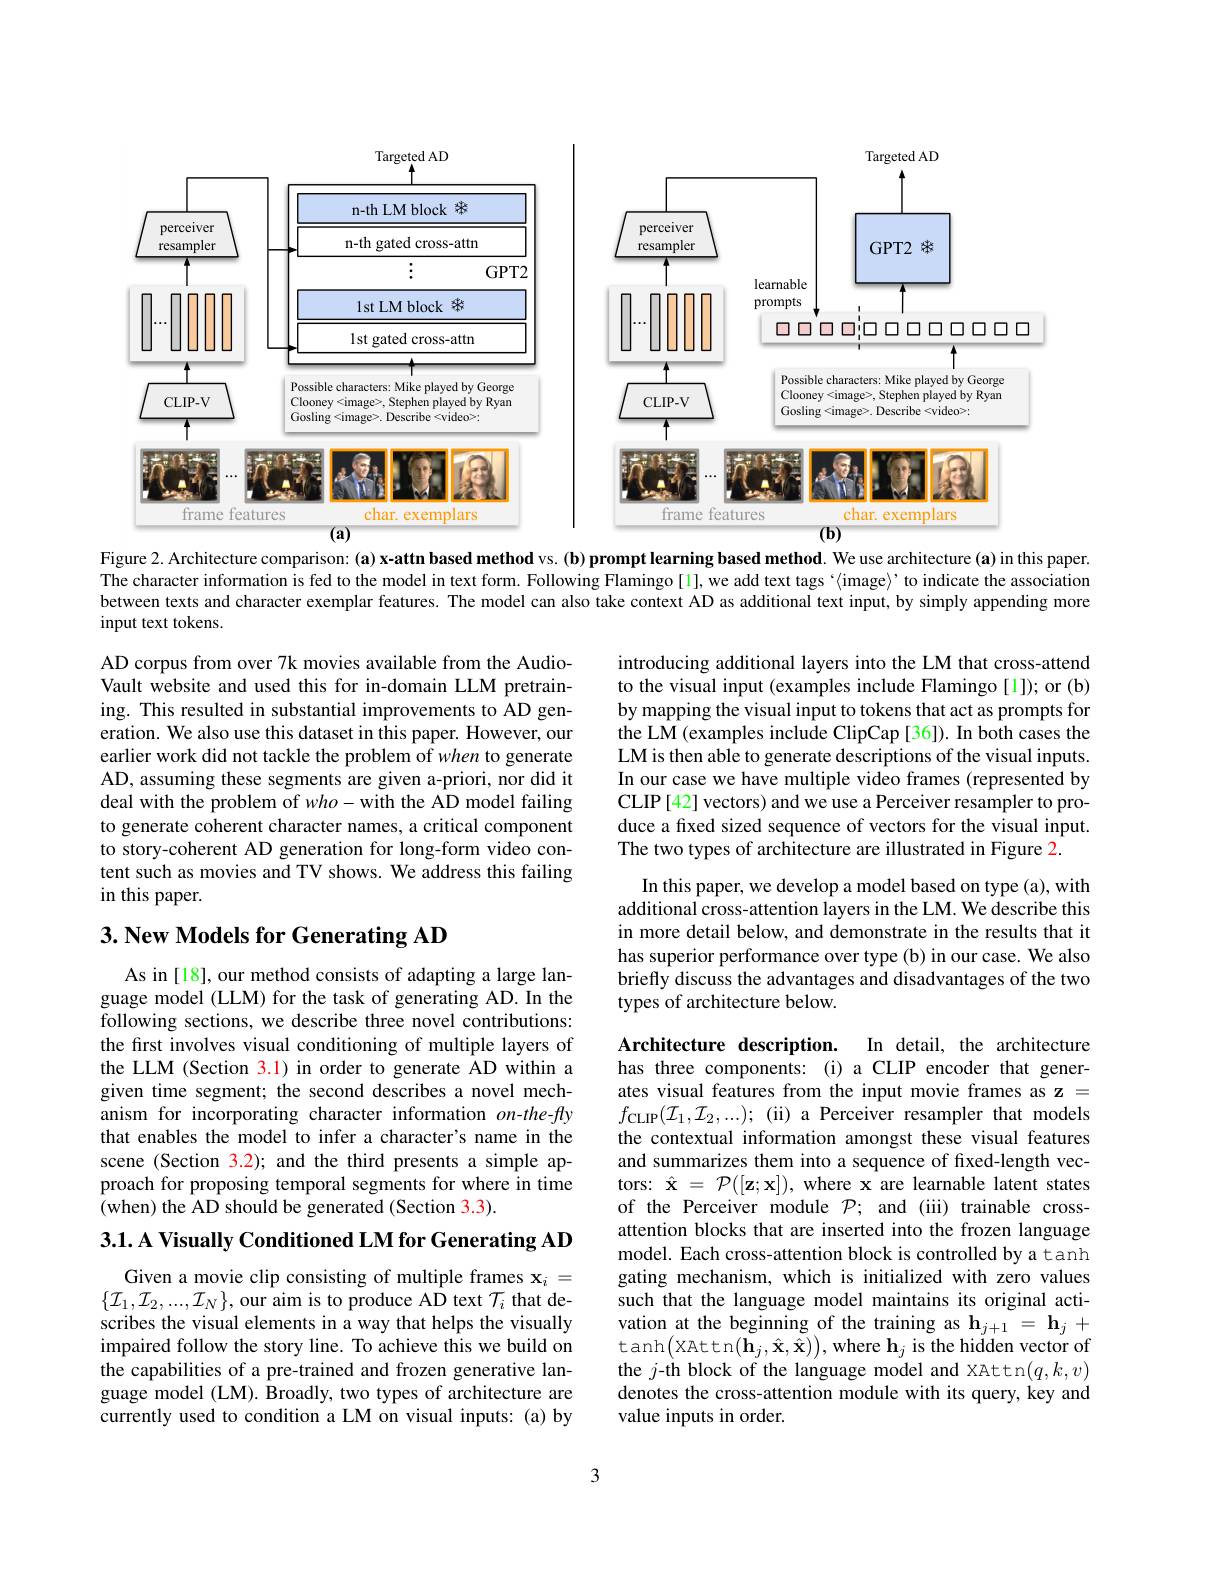
<FigureHere>
Figure 2. Architecture comparison:(a) x-attn based method vs. (b) prompt learning based method. We use architecture (a) in this paper

The character information is fed to the model in text form. Following Flamingo[1], we add text tags `'to indicate the association between texts and character exemplar features. The model can also take context AD as additional text input, by simply appending more input text tokens.

introducing additional layers into the LM that cross-attend to the visual input (examples include Flamingo[1]); or (b) by mapping the visual input to tokens that act as prompts for the LM (examples include ClipCap [36]). In both cases the LM is then able to generate descriptions of the visual inputs. In our case we have multiple video frames (represented by CLIP[42] vectors) and we use a Perceiver resampler to produce a fxed sized sequence of vectors for the visual input. The two types of architecture are illustrated in Figure 2.

AD corpus from over 7k movies available from the AudioVault website and used this for in-domain LLM pretraining. This resulted in substantial improvements to AD generation. We also use this dataset in this paper. However, our earlier work did not tackle the problem of when to generate AD, assuming these segments are given a-priori, nor did it deal with the problem of $who-$with the AD model failing to generate coherent character names, a critical component to story-coherent AD generation for long-form video content such as movies and TV shows. We address this failing in this paper.

## 3. New Models for Generating AD

In this paper, we develop a model based on type (a), with additional cross-attention layers in the LM. We describe this in more detail below, and demonstrate in the results that it has superior performance over type (b) in our case. We also briefly discuss the advantages and disadvantages of the two types of architecture below.

As in [18], our method consists of adapting a large language model (LLM) for the task of generating AD. In the following sections, we describe three novel contributions: the first involves visual conditioning of multiple layers of the LLM (Section 3.1) in order to generate AD within a given time segment; the second describes a novel mechanism for incorporating character information on-the-fly that enables the model to infer a character's name in the scene (Section 3.2); and the third presents a simple approach for proposing temporal segments for where in time (when) the AD should be generated (Section 3.3).

Architecture description. In detail, the architecture has three components: (i) a CLIP encoder that generates visual features from the input movie frames as z = $f_{\mathrm{CLIP}}(\mathcal{I}_{1},\mathcal{I}_{2},...);$(ii) a Perceiver resampler that models the contextual information amongst these visual features and summarizes them into a sequence of fixed-length vectors: $\hat{\mathbf{x}}=\mathcal{P}([\mathbf{z};\mathbf{x}])$, where x are learnable latent states of the Perceiver module $\mathcal{P};$ and (iii) trainable crossattention blocks that are inserted into the frozen language model. Each cross-attention block is controlled by atanh gating mechanism, which is initialized with zero values such that the language model maintains its original activation at the beginning of the training as h$_j+1=\mathbf{h}_j+$ tanh$\big($XAttn$\big(\mathbf{h}_j,\hat{\mathbf{x}},\hat{\mathbf{x}}\big)\big)$,where h$_j$ is the hidden vector of the $j$-th block of the language model and XAttn$(q,k,v)$ denotes the cross-attention module with its query, key and value inputs in order.

3.1. A Visually Conditioned LM for Generating AD

Given a movie clip consisting of multiple frames $\mathbf{x}_i=$ $\{\mathcal{I}_{1},\mathcal{I}_{2},...,\mathcal{I}_{N}\}$,our aim is to produce AD text $\mathcal{T}_i$ that describes the visual elements in a way that helps the visually impaired follow the story line. To achieve this we build on the capabilities of a pre-trained and frozen generative language model (LM). $\hat{\text{Broadly, two types of architecture are}}$ currently used to condition a LM on visual inputs: (a) by

3